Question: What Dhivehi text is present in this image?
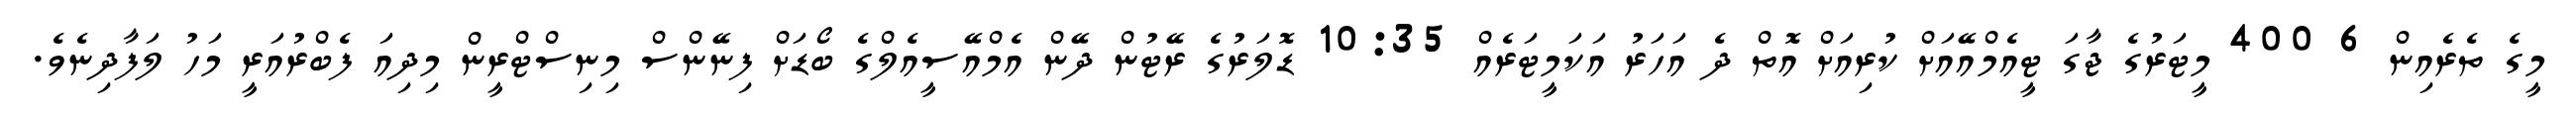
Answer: މީގެ ތެރެއިން 6 400 މީޓަރުގެ ޖާގަ ޓީއެމްއޭއަށް ކުރިއަށް އޮތް ދެ އަހަރު އަކަމީޓަރެއް 10:35 ޑޮލަރުގެ ރޭޓުން ދޭން އެމްއޭސީއެލްގެ ބޯޑަށް ފިނޭންސް މިނިސްޓްރީން މިދިއަ ފެބްރުއަރީ މަހު ލަފާދިނެވެ.